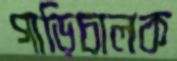
গাড়িচালক